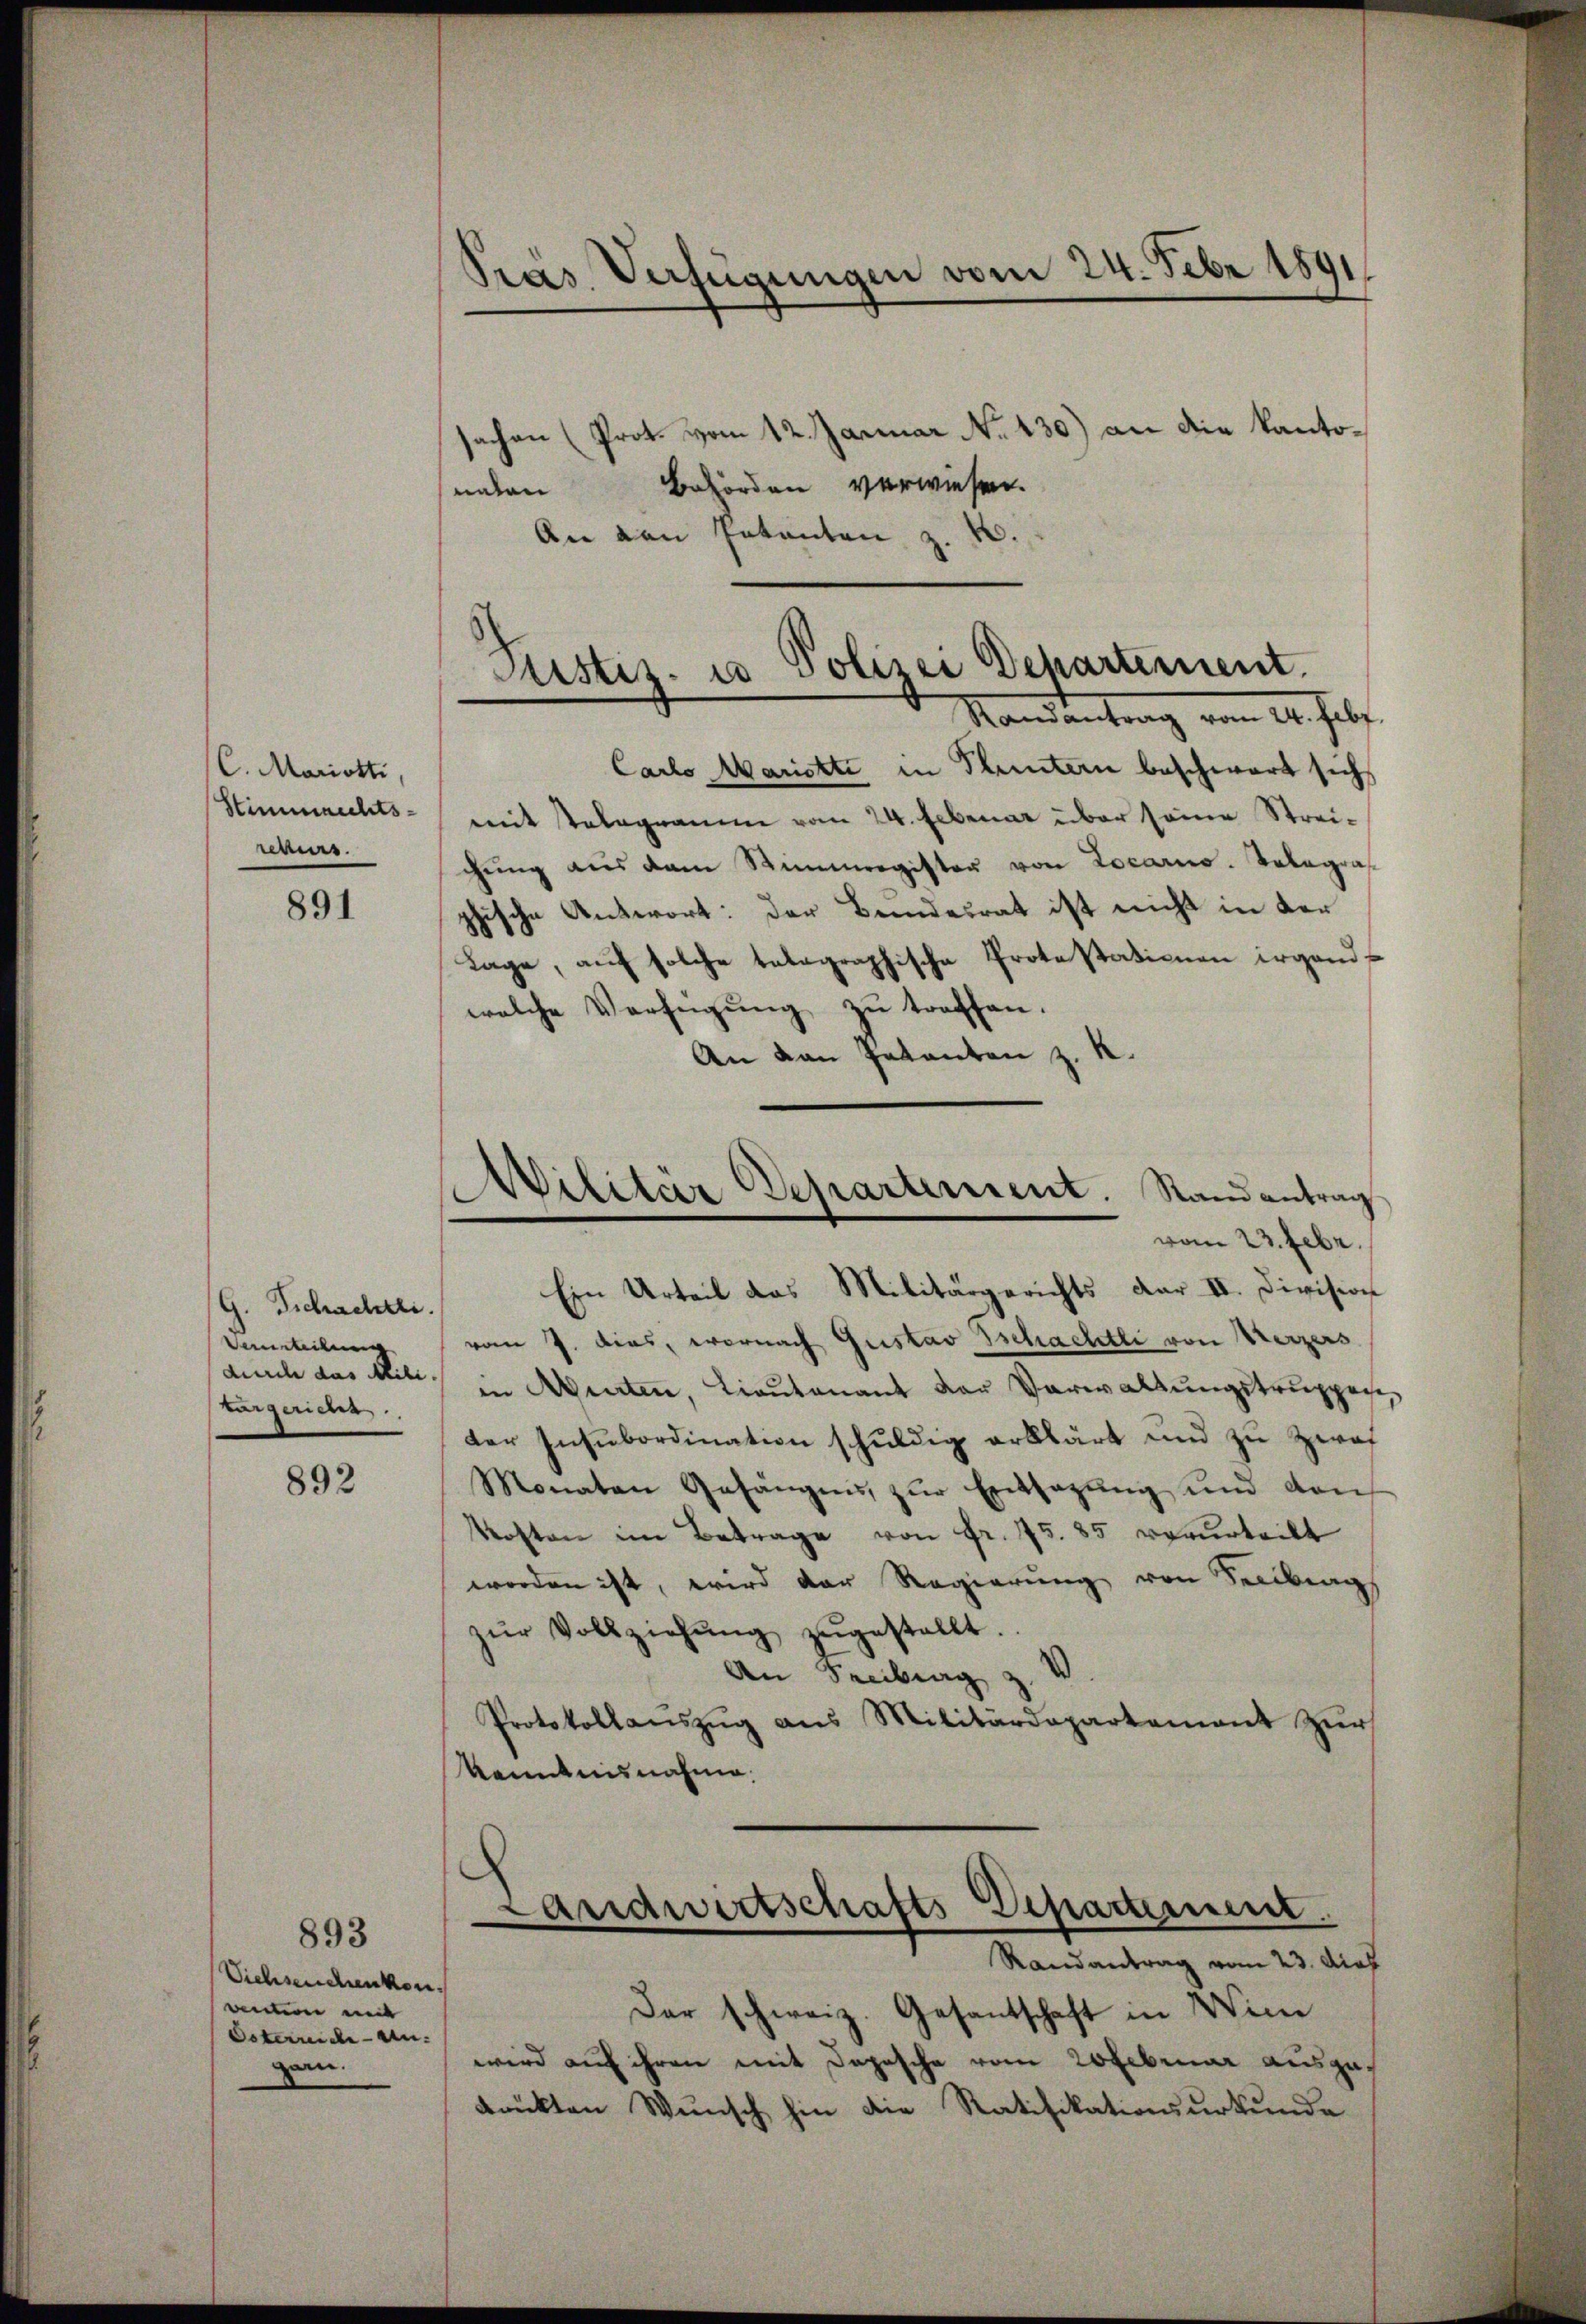
C. Mariotti,
.

891

G. Schachtli
Verurteilung
turgericht ..

892

893

Siehseuchenkon.
anten mit
Osterreiche An- |
zan.

Pras Verfügungen vom 24. Febr 1891

sachen (Prot. vom 12. Januar No 130.) an die kantonnden Behörden verwiesen.
An den Petenten z. K

Carlo Mariette in Thuntern beschwart sich
Stimmrechts- (mit Palagramm vom 24. Februar über seine Streichŭng aus dem Stimmregister von Locarno. Volagras
se Antwort: der Bundesrat ist nicht in der
d
Lage, auf solche telegraphische Protestationen irgend
welche Verfügŭng zŭ treffen.
An von Patenten z. K.
Ein Urteil das Militärgerichts dar II. Division
vom 7. dies, wornach Gustav Tschachtli von Weizers
auch das Mit in Arten, Lieutenant der Verwaltungstruppes,
der Insubordination schuldig erklärt und zu Zwaf
Monaten Gefängnis, zur Entsagung und den
Kosten im Betrage von Fr. 75. 85 verurteilt
worden ist, wird der Regierung von Freibung
zŭr Vollziehŭng zŭgestellt.
An Freibung
Protokollaŭszŭg ans Militärdepartement zŭr
kenntnisnahme.

Fristiz- u Polizei Departement.
Mandantrag vom 20. Febr.

Militär Departement. Stand antrag
vom 23. Febr.

Der schweiz. Gesantschaft in Win
wird auf ihren mit Depesche vom 20 Februar ausgedrükten Wunsch hin die Ratifikationsurkunde

S
Landwirtschafts-Departement.
Randantrag vom 23. dies